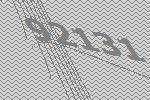
92131